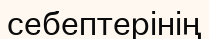
себептерінің